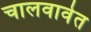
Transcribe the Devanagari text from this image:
चालवावेत